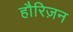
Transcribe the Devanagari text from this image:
हौरिज़न